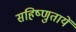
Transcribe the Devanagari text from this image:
सहिष्णुतायें